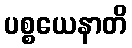
ပစ္စယေနာတိ